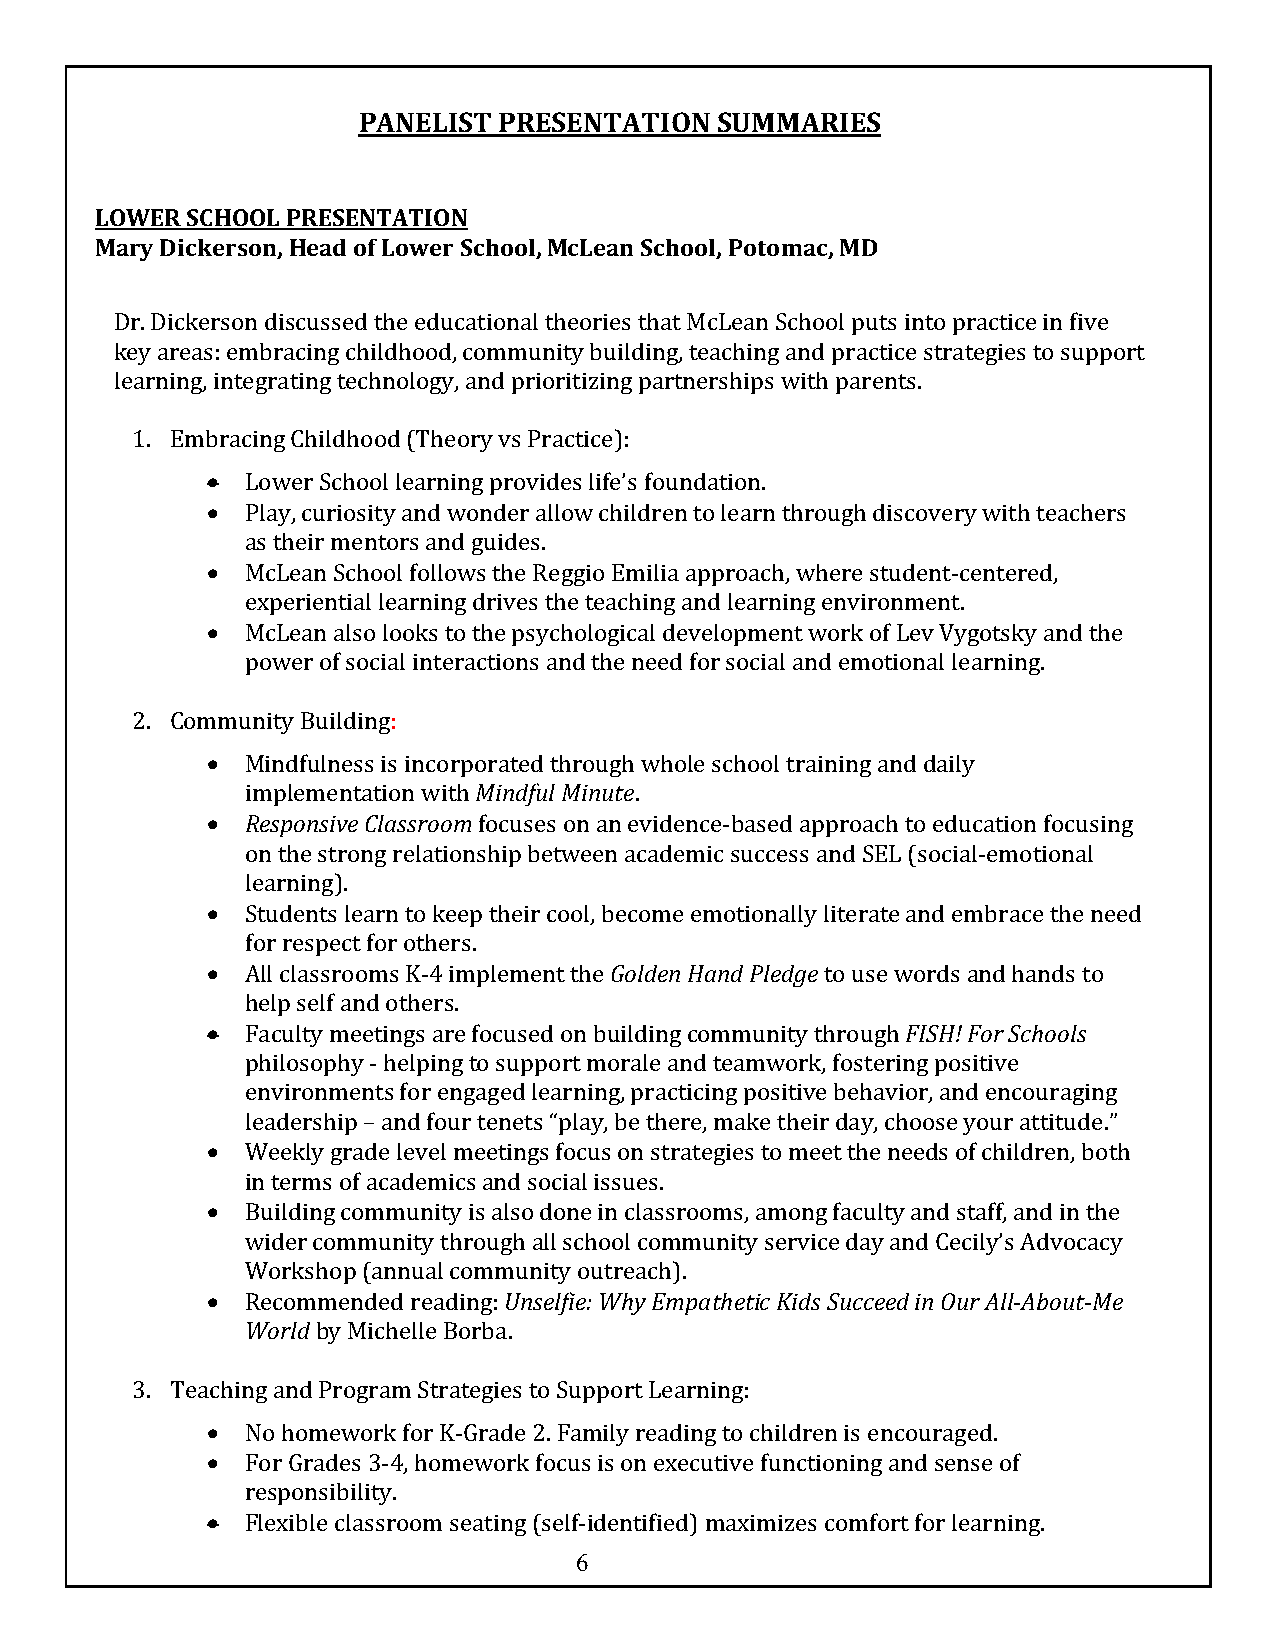
PANELIST PRESENTATION  SUMMARIES
 LOWER SCHOOL PRESENTATION
 Mary Dickerson, Head of Lower School, McLean School, Potomac, MD
 Dr. Dickerson discussed the educational theories that McLean School puts into practice in five
 key areas: embracing childhood, community building, teaching and practice strategies to support
 learning, integrating technology, and prioritizing partnerships with parents.
 1. Embracing Childhood (Theory vs Practice):
 • Lower School learning provides life’s foundation.
 • Play, curiosity and wonder allow children to learn through discovery with teachers
 as their mentors and guides.
 • McLean School follows the Reggio Emilia approach, where student-centered,
 experiential learning drives the teaching and learning environment.
 • McLean also looks to the psychological development work of Lev Vygotsky and the
 power of social interactions and the need for social and emotional learning.
 2. Community Building:
 • Mindfulness is incorporated through whole school training and daily
 implementation with Mindful Minute.
 • Responsive Classroom focuses on an evidence-based approach to education focusing
 on the strong relationship between academic success and SEL (social-emotional
 learning).
 • Students learn to keep their cool, become emotionally literate and embrace the need
 for respect for others.
 • All classrooms K-4 implement the Golden Hand Pledge to use words and hands to
 help self and others.
 • Faculty meetings are focused on building community through FISH! For Schools
 philosophy - helping to support morale and teamwork, fostering positive
 environments for engaged learning, practicing positive behavior, and encouraging
 leadership – and four tenets “play, be there, make their day, choose your attitude.”
 • Weekly grade level meetings focus on strategies to meet the needs of children, both
 in terms of academics and social issues.
 • Building community is also done in classrooms, among faculty and staff, and in the
 wider community through all school community service day and Cecily’s Advocacy
 Workshop (annual community outreach).
 • Recommended reading: Unselfie: Why Empathetic Kids Succeed in Our All-About-Me
 World by Michelle Borba.
 3. Teaching and Program Strategies to Support Learning:
 • No homework for K-Grade 2. Family reading to children is encouraged.
 • For Grades 3-4, homework focus is on executive functioning and sense of
 responsibility.
 • Flexible classroom seating (self-identified) maximizes comfort for learning.
 6